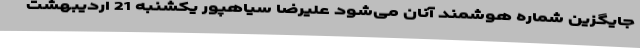
جایگزین شماره هوشمند آنان می‌شود علیرضا سیاهپور یکشنبه 21 اردیبهشت